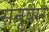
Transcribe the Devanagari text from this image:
सेनुवार